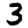
Digit: 3